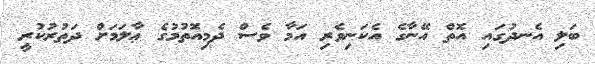
ބަލި އެނދުގައި އޮތް އޭނާގެ އެކަނިވެރި އަމާ ވެސް ދެމިއޮތުމުގެ ޢާލަމަށް ދަތުރުކުރީ